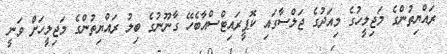
ރައްޔިތުންގެ މަޖިލީހުގެ މިއަދުގެ ޖަލްސާގައި ކޮޕީރައިޓްސްއާބެހޭ ގާނޫނުގެ ބިލު ރައްޔިތުންގެ މަޖިލީހަށް ވަނީ